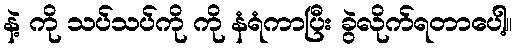
နဲ့ ကို သပ်သပ်ကို ကို နံရံကာပြီး ခွဲလိုက်ရတာပေါ့။